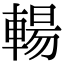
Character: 輰